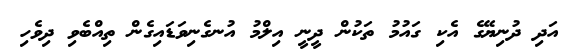
އަދި ދުނިޔޭގެ އެކި ގައުމު ތަކުން ދީނީ އިލްމު އުނގެނިވަޑައިގެން ތިއްބެވި ދިވެހި